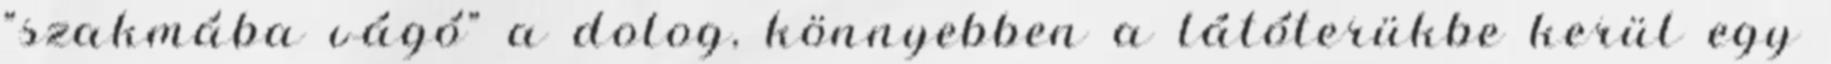
"szakmába vágó" a dolog, könnyebben a látóterükbe kerül egy